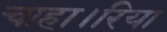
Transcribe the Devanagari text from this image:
चाहा।रिया